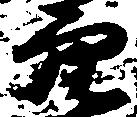
穴